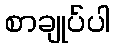
စာချုပ်ပါ